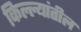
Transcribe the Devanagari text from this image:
किल्ल्यांतील